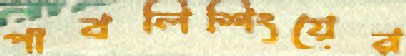
পাবলিশিংয়ের